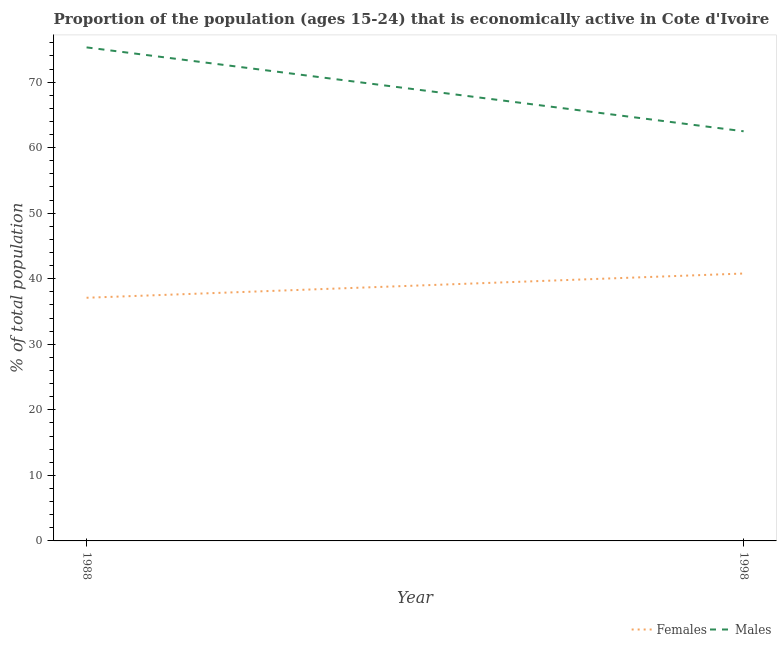
| Year | Females | Males |
 | --- | --- | --- |
 | 1988 | 37.1 | 75.3 |
 | 1998 | 40.8 | 62.5 |